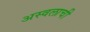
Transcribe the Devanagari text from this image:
अस्वलाची